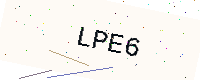
Text: LPE6